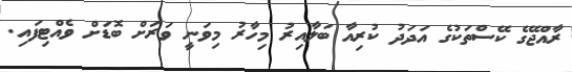
ރާއްޖޭގެ ކޭސްތަކުގެ އަދަދު ކުރިއާ ބަލާއިރު މިހާރު މިވަނީ ވަރަށް ބޮޑަށް ވެއްޓިފައި.